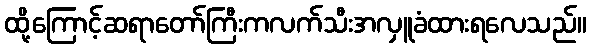
ထို့ကြောင့်ဆရာတော်ကြီးကလက်သီးအလှူခံထားရလေသည်။